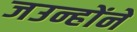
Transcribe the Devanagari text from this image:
जउन्होंने